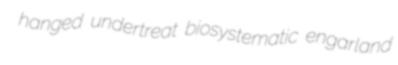
hanged undertreat biosystematic engarland